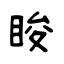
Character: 睃